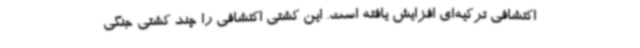
اکتشافی ترکیه‌ای افزایش یافته است. این کشتی اکتشافی را چند کشتی جنگی